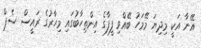
އޭނާ އަކީ މިދިޔަ މޭމަހު ބޭއްވި ފީފާގެ އިންތިހާބުގައި މިހާރުގެ ރައީސް ސެޕް